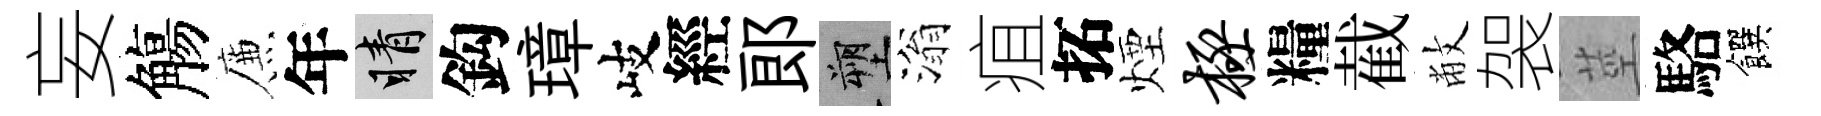
妄觴簾年睛鈎璋岐經郎塑滃疽拓煙极糧截敝袈莖駱饌